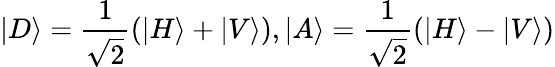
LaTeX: |D\rangle=\frac{1}{\sqrt{2}}(|H\rangle+|V\rangle),|A\rangle=\frac{1}{\sqrt{2}}(|H\rangle-|V\rangle)